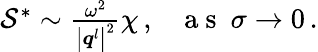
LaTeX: \begin{array}{r}{\mathcal{S}^{*}\sim\frac{\omega^{2}}{\big\vert\boldsymbol{q}^{l}\big\vert^{2}}\chi\, ,~~~\mathrm{~a~s~}~\sigma\rightarrow 0\, .}\end{array}